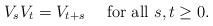
LaTeX: \begin{align*}V_{s}V_{t}=V_{t+s}\quad\mbox{ for all }s,t\ge 0.\end{align*}